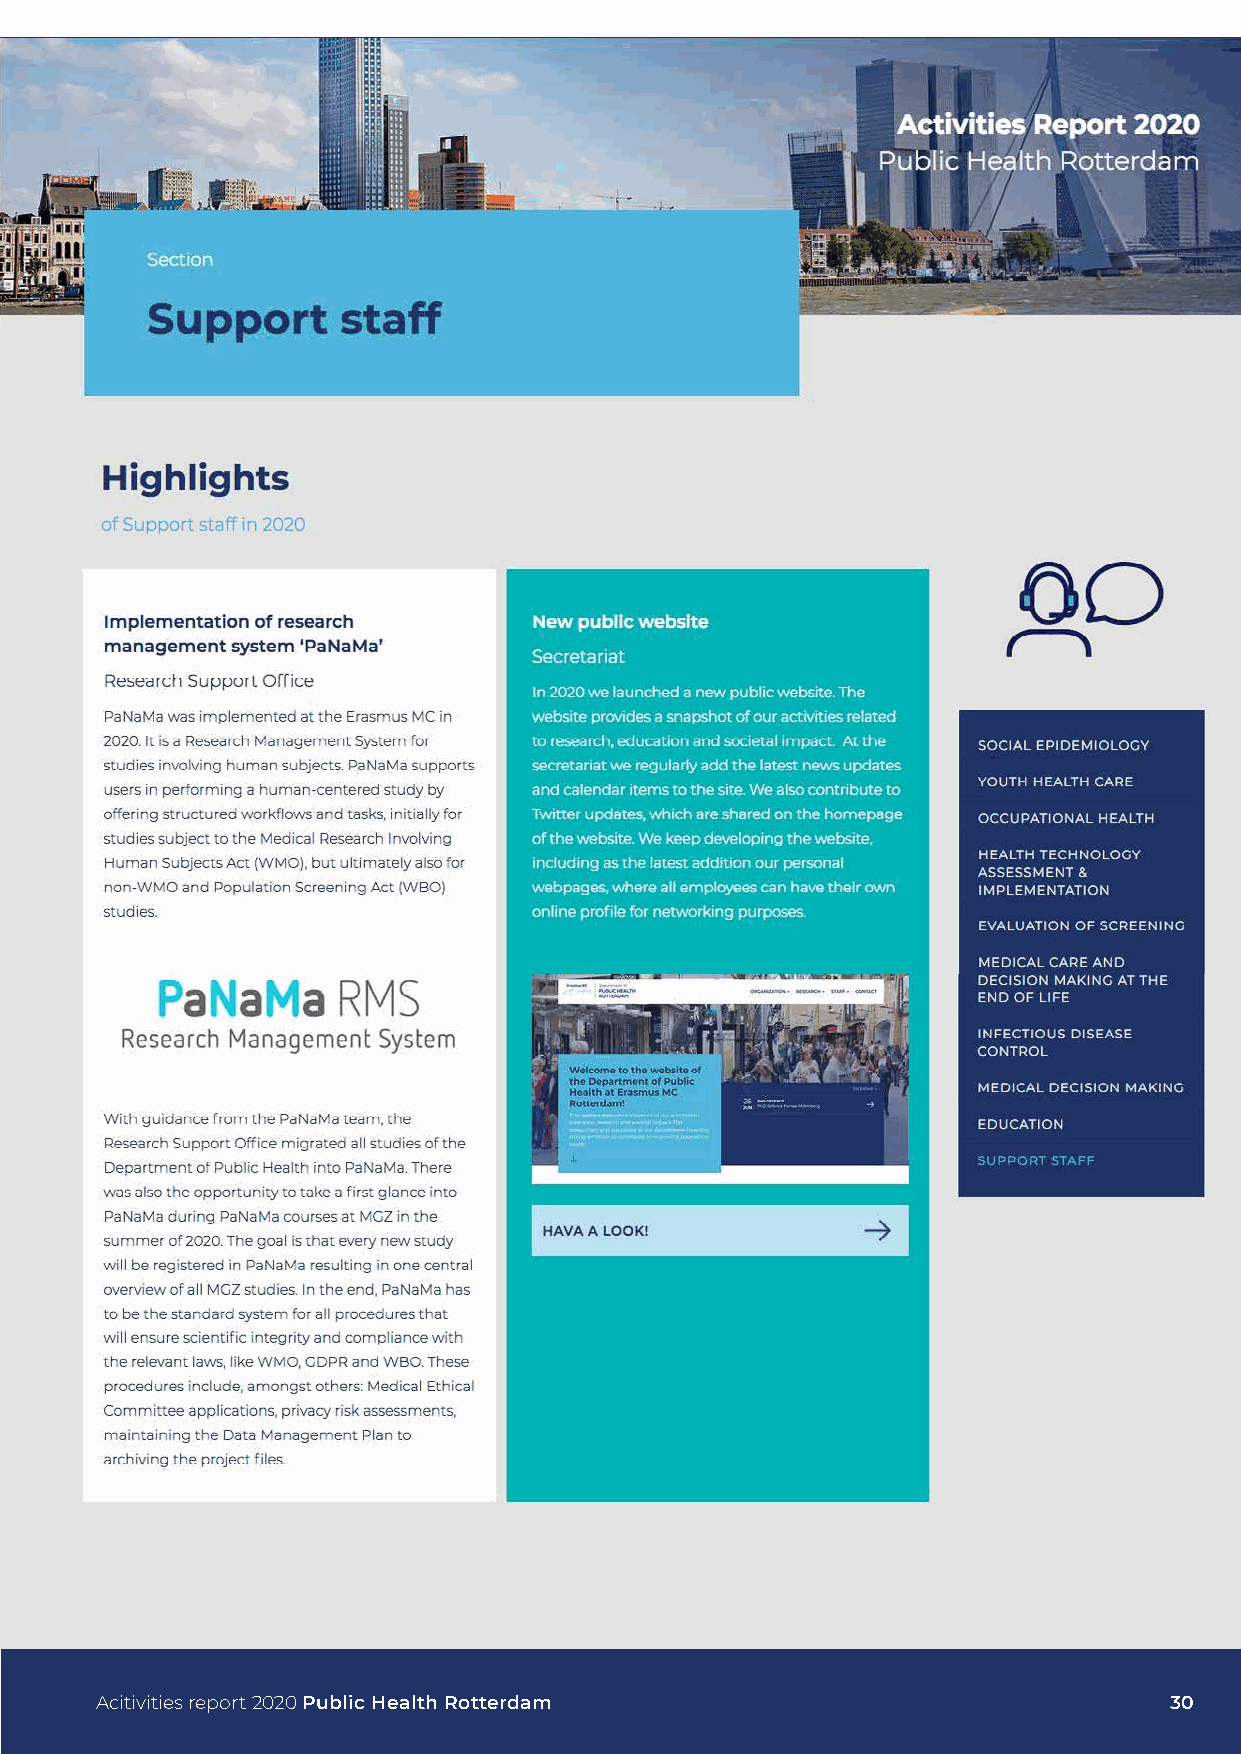
Acitivities report 2020 Public Health Rotterdam                        30